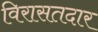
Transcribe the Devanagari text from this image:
विरासतदार